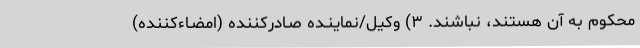
محکوم به آن هستند، نباشند. ۳) وکیل/نماینـده صـادرکننده (امضـاءکننده)